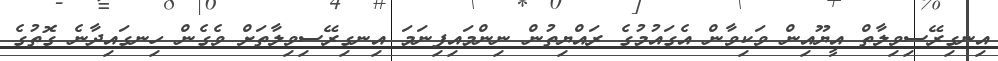
އިނގިރޭސިވިލާތް އީޔޫއިން ވަކިވާން އެގައުމުގެ ރައްޔިތުން ނިންމައިފިނަމަ އިނގިރޭސިވިލާތަށް ވެގެން ހިނގައިދާނެ ގޮތުގެ